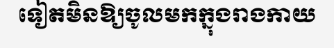
ទៀតមិនឱ្យចូលមកក្នុងរាងកាយ